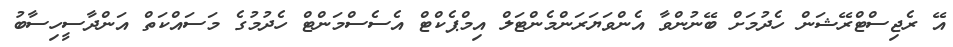
އޭ ރެޖިސްޓްރޭޝަން ހެދުމަށް ބޭނުންވާ އެންވަޔަރަންމެންޓަލް އިމްޕެކްޓް އެސެސްމަންޓް ހެދުމުގެ މަސައްކަތް އަންދާސީހިސާބު